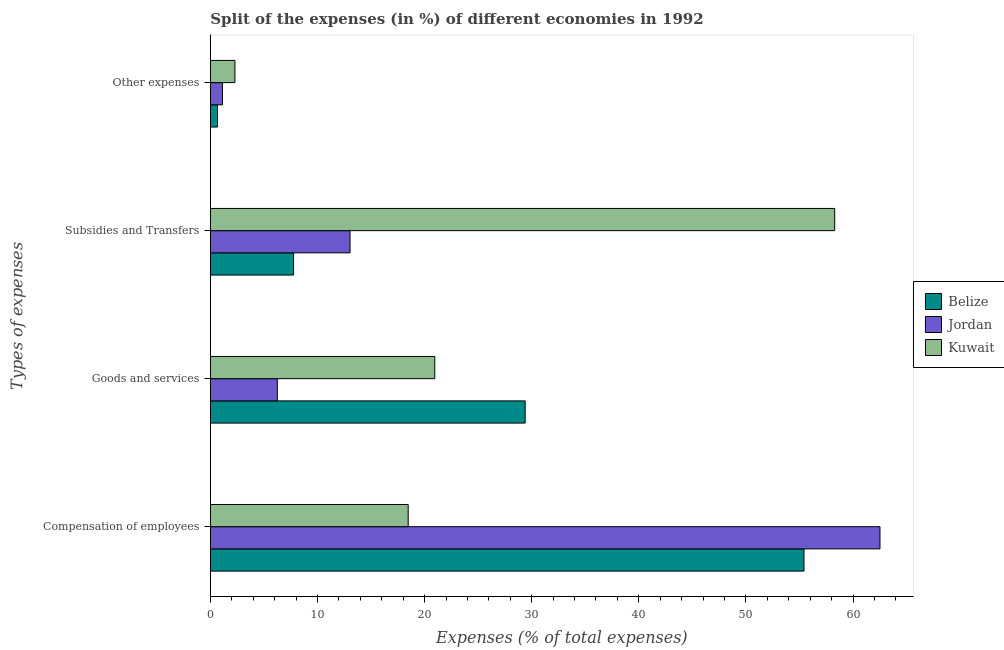
| Types of expenses | Belize | Jordan | Kuwait |
 | --- | --- | --- | --- |
 | Compensation of employees | 55.4 | 62.5 | 18.5 |
 | Goods and services | 29.4 | 6.25 | 21 |
 | Subsidies and Transfers | 7.77 | 13 | 58.3 |
 | Other expenses | 0.664 | 1.13 | 2.29 |